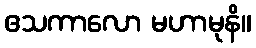
ဧသကာလော မဟာမုနိ။